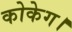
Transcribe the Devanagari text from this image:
कोकेग।